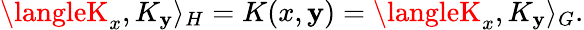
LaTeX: \langleK_{x},K_{\mathbf{y}}\rangle_{H}=K(x,\mathbf{y})=\langleK_{x},K_{\mathbf{y}}\rangle_{G}.